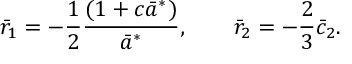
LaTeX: \bar { r } _ { 1 } = - \frac { 1 } { 2 } \frac { ( 1 + c \bar { a } ^ { * } ) } { \bar { a } ^ { * } } , \quad \quad \bar { r } _ { 2 } = - \frac { 2 } { 3 } \bar { c } _ { 2 } .